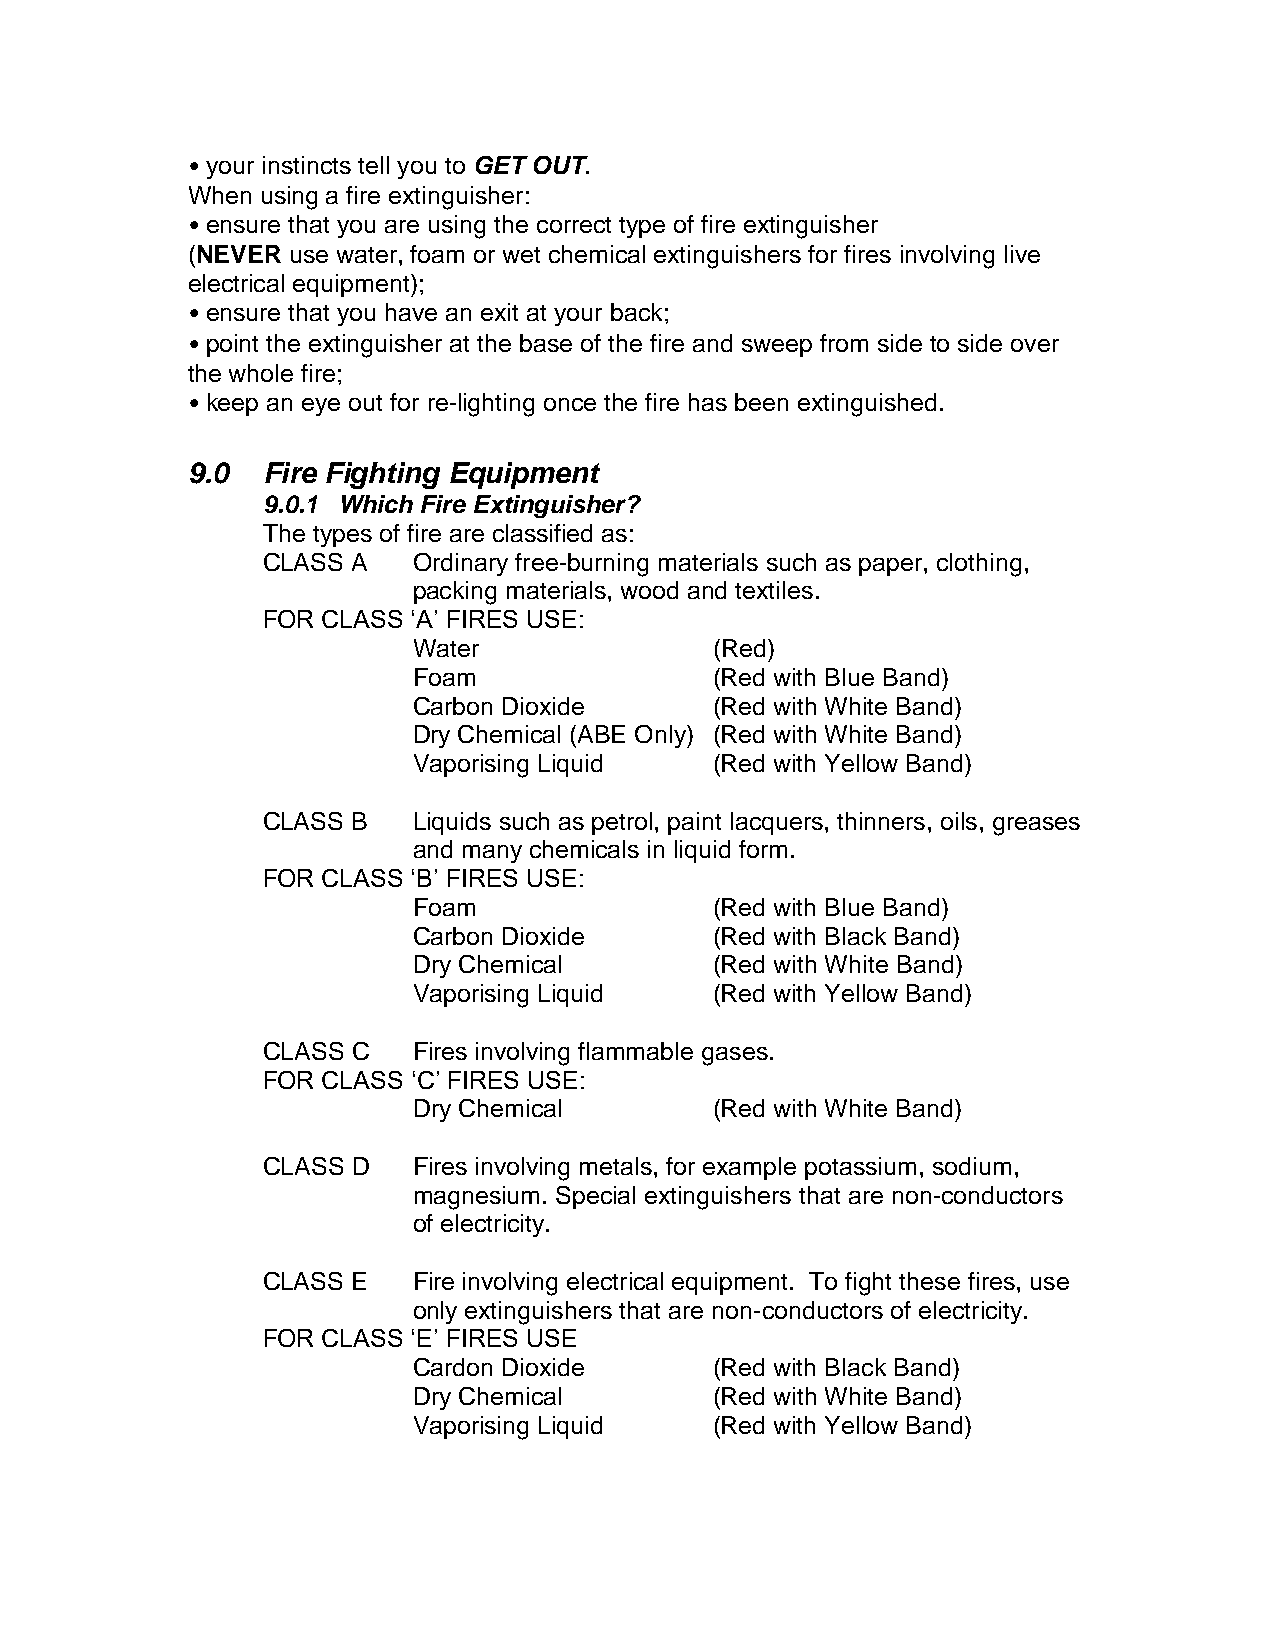
• your instincts tell you to GET OUT.
 When using a fire extinguisher:
 • ensure that you are using the correct type of fire extinguisher
 (NEVER use water, foam or wet chemical extinguishers for fires involving live
 electrical equipment);
 • ensure that you have an exit at your back;
 • point the extinguisher at the base of the fire and sweep from side to side over
 the whole fire;
 • keep an eye out for re-lighting once the fire has been extinguished.
 9.0  Fire Fighting Equipment
 9.0.1 Which Fire Extinguisher?
 The types of fire are classified as:
 CLASS A   Ordinary free-burning materials such as paper, clothing,
 packing materials, wood and textiles.
 FOR CLASS ‘A’ FIRES USE:
 Water               (Red)
 Foam                (Red with Blue Band)
 Carbon Dioxide      (Red with White Band)
 Dry Chemical (ABE Only) (Red with White Band)
 Vaporising Liquid   (Red with Yellow Band)
 CLASS B   Liquids such as petrol, paint lacquers, thinners, oils, greases
 and many chemicals in liquid form.
 FOR CLASS ‘B’ FIRES USE:
 Foam                (Red with Blue Band)
 Carbon Dioxide      (Red with Black Band)
 Dry Chemical        (Red with White Band)
 Vaporising Liquid   (Red with Yellow Band)
 CLASS C   Fires involving flammable gases.
 FOR CLASS ‘C’ FIRES USE:
 Dry Chemical        (Red with White Band)
 CLASS D   Fires involving metals, for example potassium, sodium,
 magnesium. Special extinguishers that are non-conductors
 of electricity.
 CLASS E   Fire involving electrical equipment. To fight these fires, use
 only extinguishers that are non-conductors of electricity.
 FOR CLASS ‘E’ FIRES USE
 Cardon Dioxide      (Red with Black Band)
 Dry Chemical        (Red with White Band)
 Vaporising Liquid   (Red with Yellow Band)